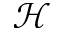
\mathcal { H }